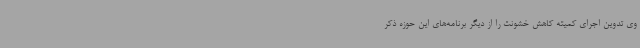
وی تدوین اجرای کمیته کاهش خشونت را از دیگر برنامه‌های این حوزه ذکر